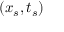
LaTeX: ( x _ { s } , t _ { s } )